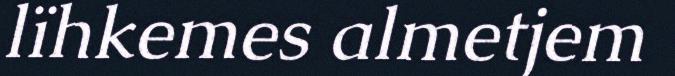
lïhkemes almetjem